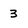
Character: 3